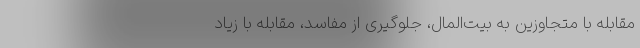
مقابله با متجاوزین به بیت‌المال، جلوگیری از مفاسد، مقابله با زیاد